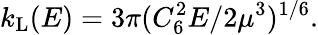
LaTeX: k_{\mathrm{L}}(E)=3\pi(C_{6}^{2}E/2\mu^{3})^{1/6}.